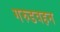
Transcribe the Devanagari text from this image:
गरुडवहन